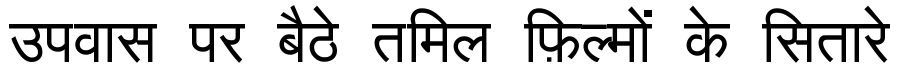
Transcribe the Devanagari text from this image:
उपवास पर बैठे तमिल फ़िल्मों के सितारे